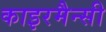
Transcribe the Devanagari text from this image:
काइरमैन्सी